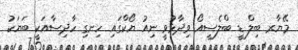
މޭޔާރ ބިލް ޑީ ބްލެސީއޯ ވިދާޅުވީ ނިއު ޔޯކްގައި ހިނގި ހާދިސާއަކީ ބަޔަކު